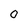
Character: 0